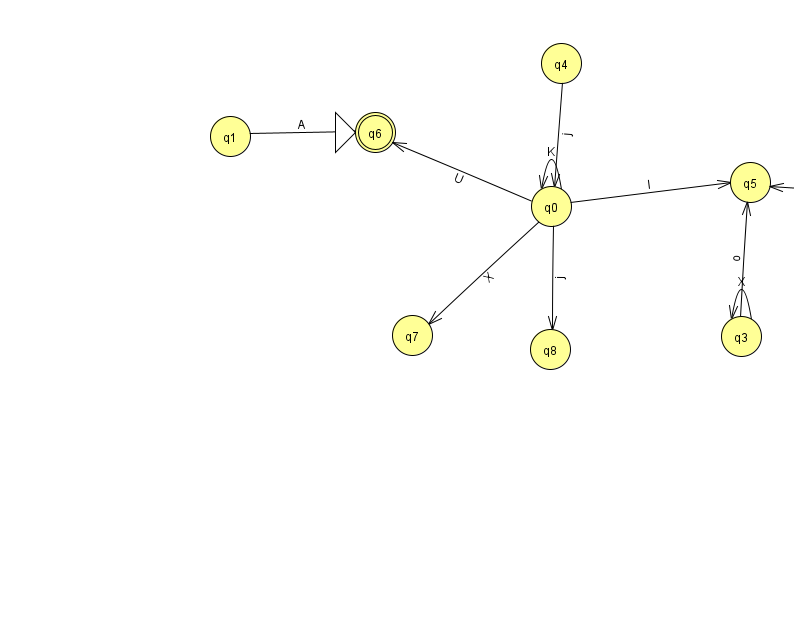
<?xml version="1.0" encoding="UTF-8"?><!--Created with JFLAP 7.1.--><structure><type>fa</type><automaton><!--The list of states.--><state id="0" name="q0"><x>551.0</x><y>193.0</y></state><state id="1" name="q1"><x>230.0</x><y>123.0</y></state><state id="2" name="q2"><x>919.0</x><y>182.0</y></state><state id="3" name="q3"><x>741.0</x><y>323.0</y></state><state id="4" name="q4"><x>561.0</x><y>50.0</y></state><state id="5" name="q5"><x>750.0</x><y>169.0</y></state><state id="6" name="q6"><x>375.0</x><y>119.0</y><initial/><final/></state><state id="7" name="q7"><x>412.0</x><y>322.0</y></state><state id="8" name="q8"><x>550.0</x><y>336.0</y></state><!--The list of transitions.--><transition><from>2</from><to>2</to><read>p</read></transition><transition><from>4</from><to>0</to><read>j</read></transition><transition><from>0</from><to>7</to><read>X</read></transition><transition><from>1</from><to>6</to><read>A</read></transition><transition><from>2</from><to>5</to><read>F</read></transition><transition><from>3</from><to>3</to><read>X</read></transition><transition><from>0</from><to>0</to><read>K</read></transition><transition><from>0</from><to>6</to><read>U</read></transition><transition><from>0</from><to>8</to><read>j</read></transition><transition><from>0</from><to>5</to><read>I</read></transition><transition><from>3</from><to>5</to><read>o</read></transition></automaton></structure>